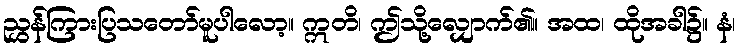
ညွှန်ကြားပြသတော်မူပါလော့။ ဣတိ၊ ဤသို့လျှောက်၏။ အထ၊ ထိုအခါ၌။ နံ၊